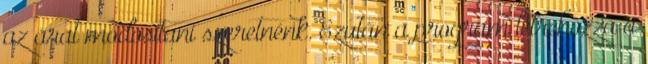
az árat módosítani szeretnénk. Ezután a program létrehozza a